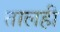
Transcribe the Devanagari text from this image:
तालही